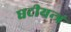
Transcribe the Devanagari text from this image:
घटीयन्त्रं